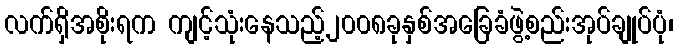
လက်ရှိအစိုးရက ကျင့်သုံးနေသည့်၂၀၀၈ခုနှစ်အခြေခံဖွဲ့စည်းအုပ်ချုပ်ပုံ၊